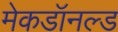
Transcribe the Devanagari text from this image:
मेकडॉनल्ड